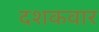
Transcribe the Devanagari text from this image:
दशकवार